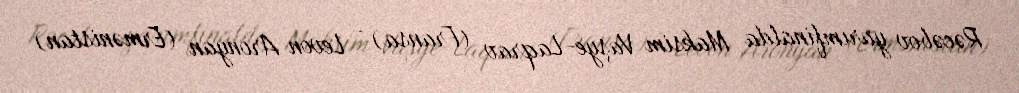
Rəcəbov yarımfinalda Maksim Vaşye-Laqrav (Fransa) - Levon Aronyan (Ermənistan)